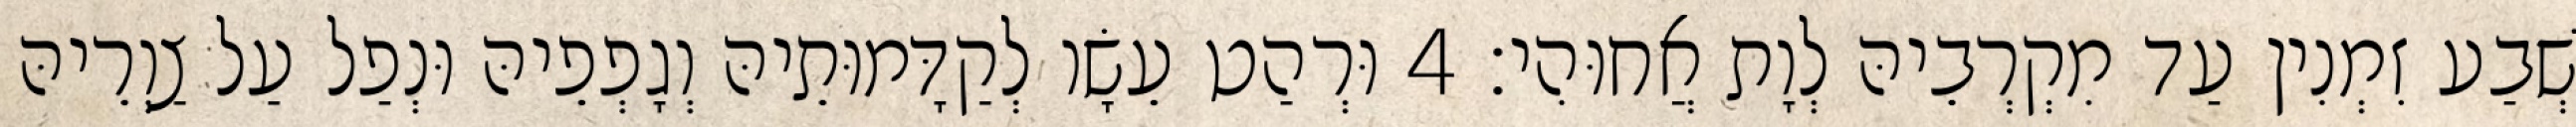
שְׁבַע זִמְנִין עַד מִקְרְבֵיהּ לְוָת אֲחוּהִי׃ 4 וּרְהַט עֵשָׂו לְקַדָּמוּתֵיהּ וְגָפְפֵיהּ וּנְפַל עַל צַוְרֵיהּ